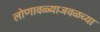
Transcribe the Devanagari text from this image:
लोणावळ्याजवळच्या